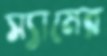
স্যামের